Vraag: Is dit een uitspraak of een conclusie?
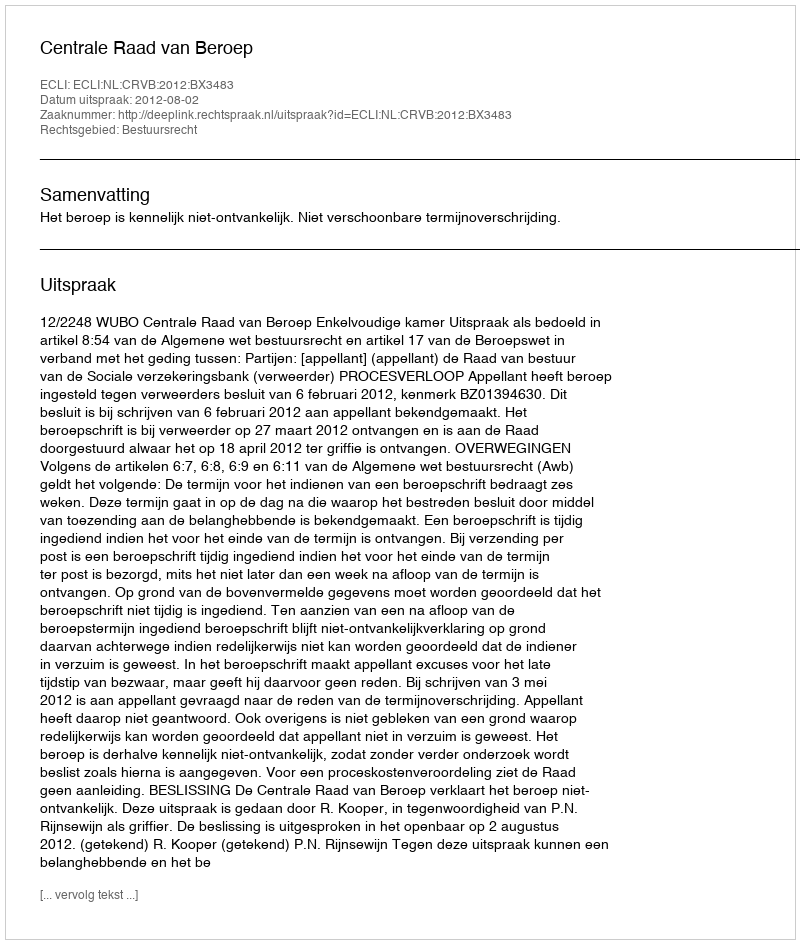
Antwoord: Uitspraak